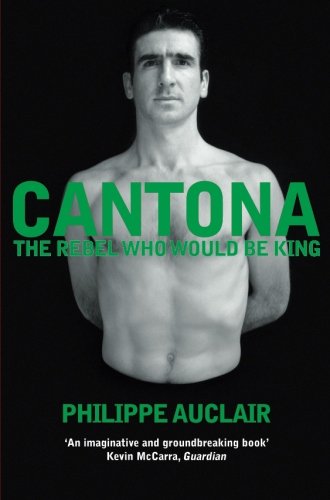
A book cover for Eric Cantona; Philippe Auclair; Biographies & Memoirs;